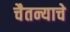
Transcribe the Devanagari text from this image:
चैतन्याचे